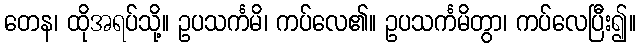
တေန၊ ထိုအရပ်သို့။ ဥပသင်္ကမိ၊ ကပ်လေ၏။ ဥပသင်္ကမိတွာ၊ ကပ်လေပြီး၍။